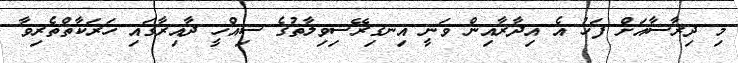
މި ދިރާސާއަށް ފަހު އެ އިދާރާއިން ވަނީ އިނގިރޭސިވިލާތުގެ ސިއްހީ ދާއިރާގައި ހަރަކާތްތެރިވާ